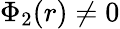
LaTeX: \Phi_{2}(r)\neq 0